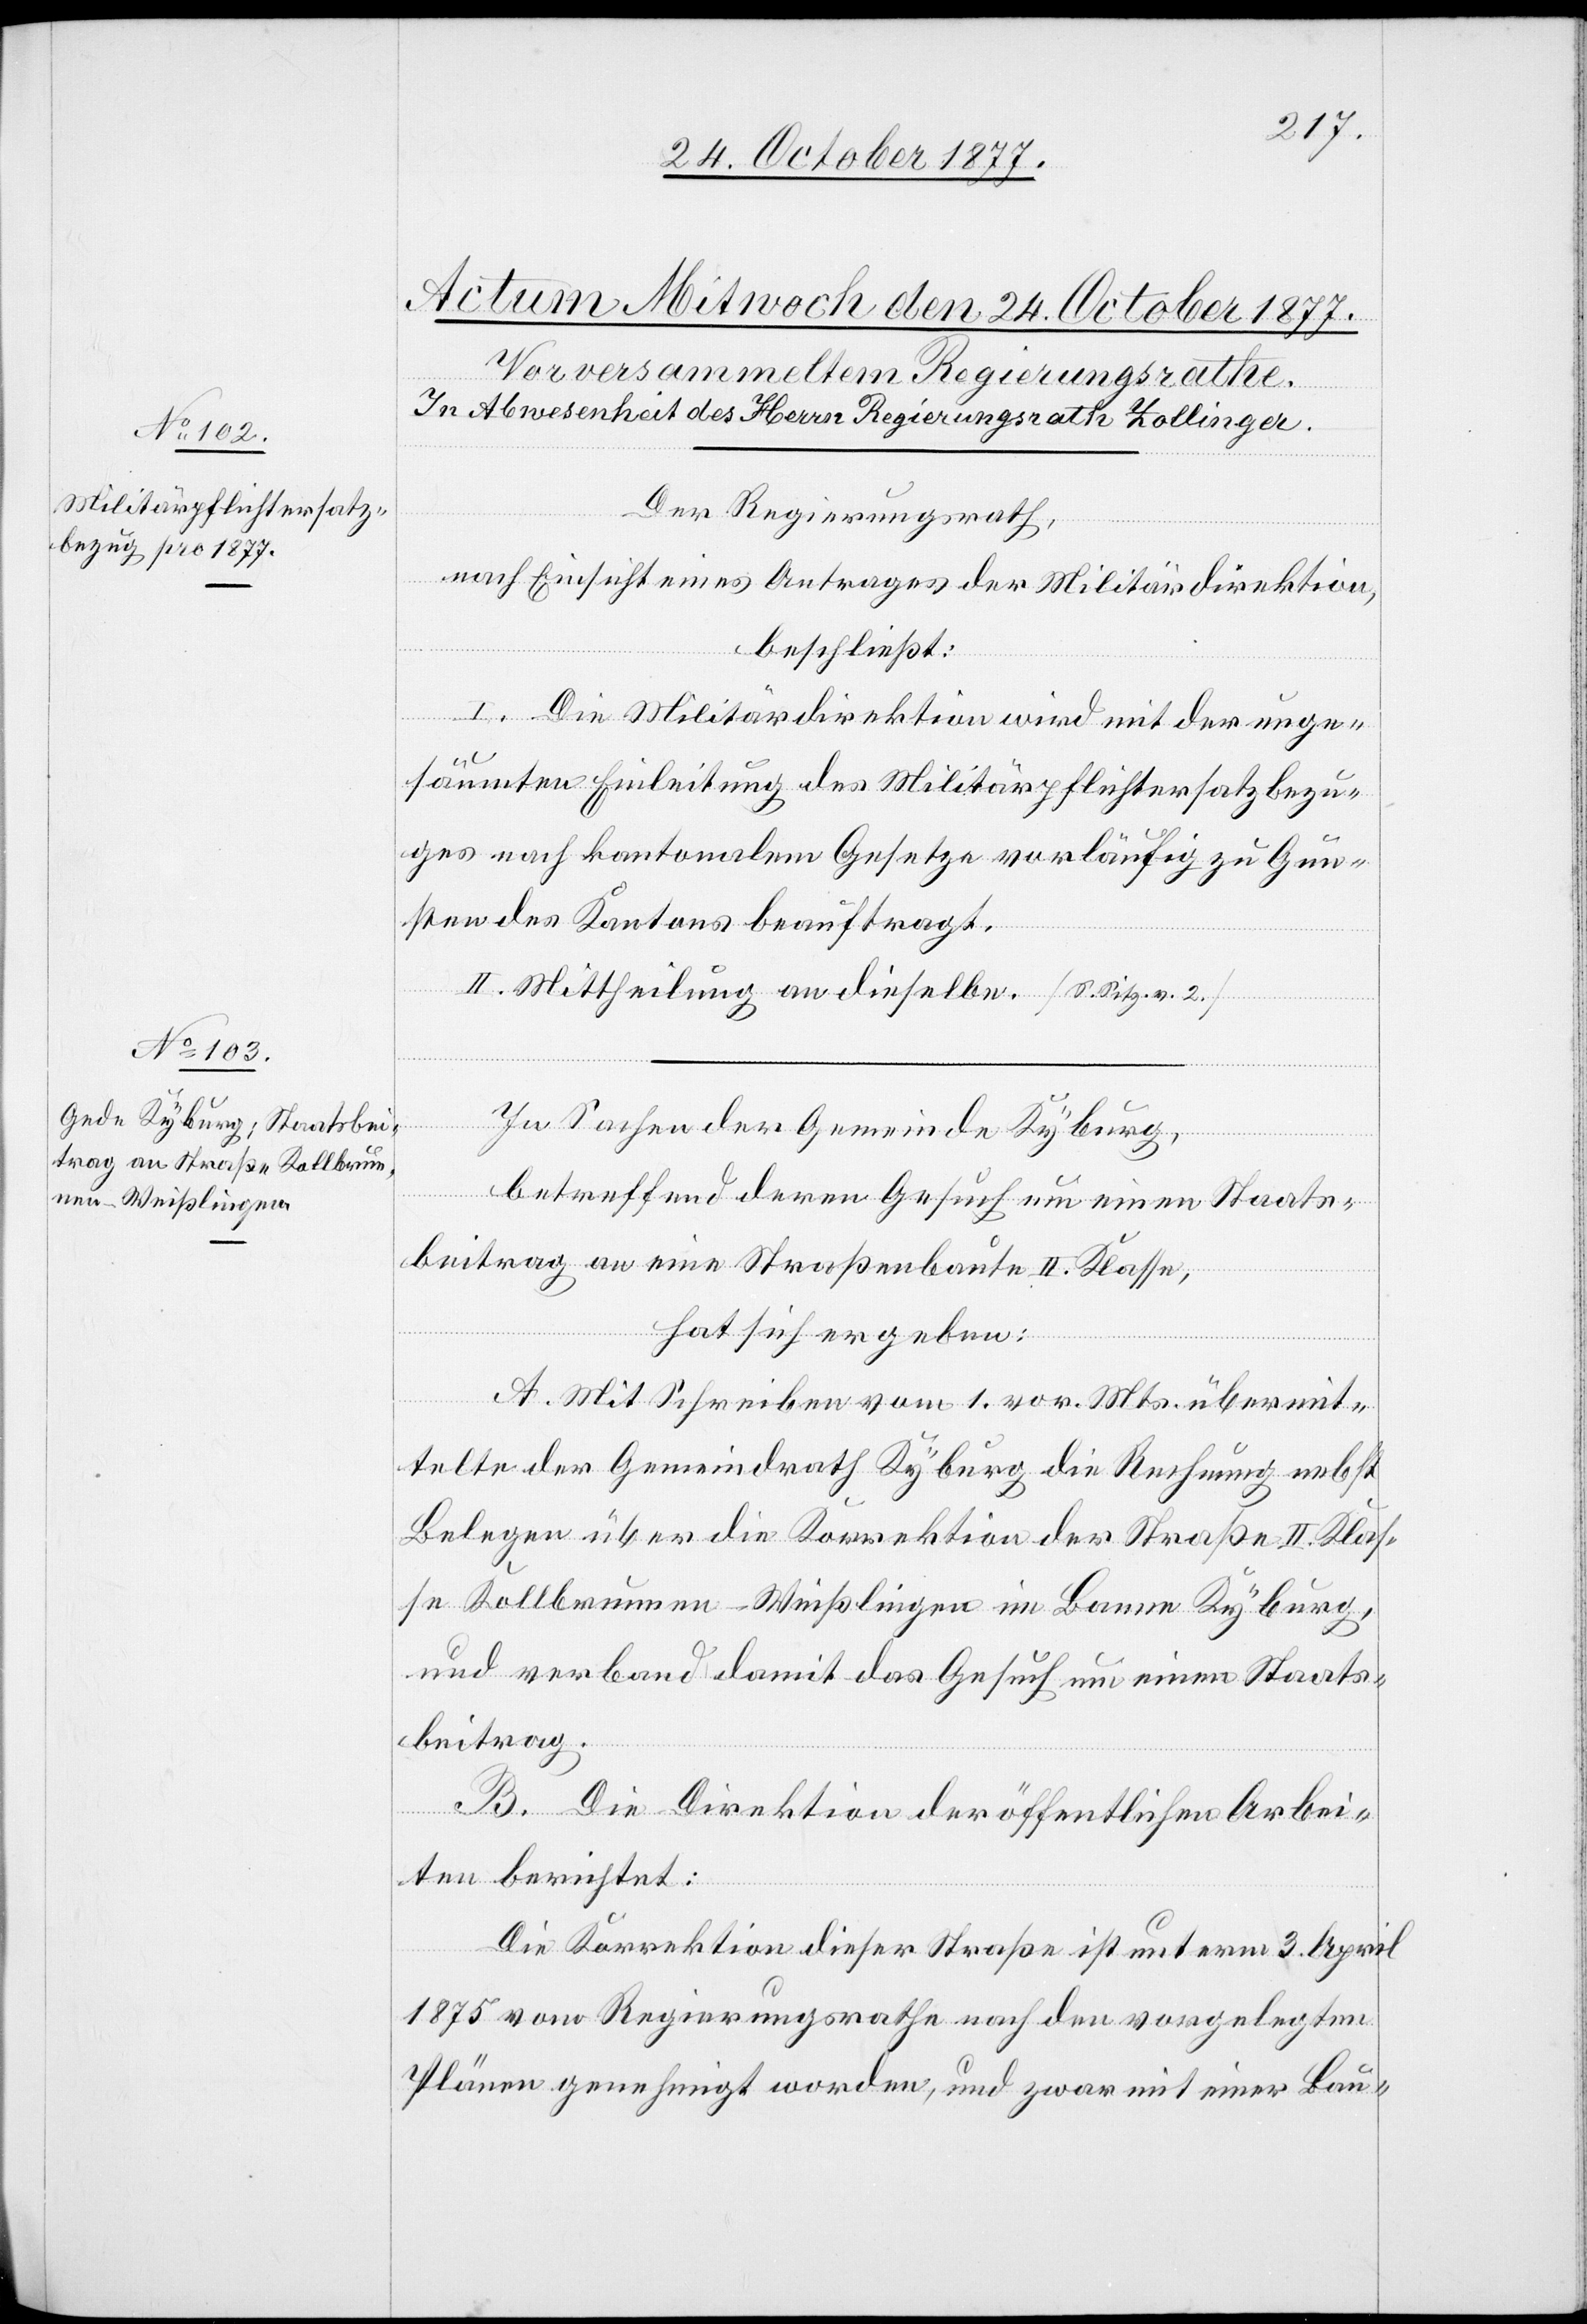
Der Regierungsrath,
nach Einsicht eines Antrages der Militärdirektion,
beschließt:
I. Die Militärdirektion wird mit der unge¬
säumten Einleitung des Militärpflichtersatzbezu¬
ges nach kantonalem Gesetze vorläufig zu Gun¬
sten des Kantons beauftragt.
II. Mittheilung an dieselbe. a-[S. Sitz. v. 2.]-a
In Sachen der Gemeinde Kyburg,
betreffend deren Gesuch um einen Staats¬
beitrag an eine Straßenbaute II. Klasse,
hat sich ergeben:
A. Mit Schreiben vom 1. vor. Mts. übermit¬
telte der Gemeindrath Kyburg die Rechnung nebst
Belegen über die Korrektion der Straße II. Klas¬
se Kollbrunnen–Weißlingen im Banne Kyburg,
und verband damit das Gesuch um einen Staats¬
beitrag.
B. Die Direktion der öffentlichen Arbei¬
ten berichtet:
Die Korrektion dieser Straße ist unterm 3. April
1875 vom Regierungsrathe nach den vorgelegten
Plänen genehmigt worden, und zwar mit einer Bau-